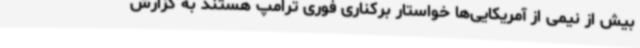
بیش از نیمی از آمریکایی‌ها خواستار برکناری فوری ترامپ هستند به گزارش